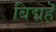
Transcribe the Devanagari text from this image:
बिद्महॆ